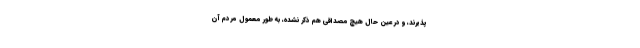
پذیرند، و در عین حال هیچ مصداقی هم ذکر نشده، به طور معمول مردم آن